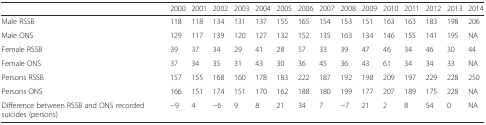
|  | 2000 | 2001 | 2002 | 2003 | 2004 | 2005 | 2006 | 2007 | 2008 | 2009 | 2010 | 2011 | 2012 | 2013 | 2014 |
 | --- | --- | --- | --- | --- | --- | --- | --- | --- | --- | --- | --- | --- | --- | --- | --- |
 | Male RSSB | 118 | 118 | 134 | 131 | 137 | 155 | 165 | 154 | 153 | 151 | 163 | 163 | 183 | 198 | 206 |
 | Male ONS | 129 | 117 | 139 | 120 | 127 | 132 | 152 | 135 | 163 | 134 | 146 | 155 | 141 | 195 | NA |
 | Female RSSB | 39 | 37 | 34 | 29 | 41 | 28 | 57 | 33 | 39 | 47 | 46 | 34 | 46 | 30 | 44 |
 | Female ONS | 37 | 34 | 35 | 31 | 43 | 30 | 36 | 45 | 36 | 43 | 61 | 34 | 34 | 33 | NA |
 | Persons RSSB | 157 | 155 | 168 | 160 | 178 | 183 | 222 | 187 | 192 | 198 | 209 | 197 | 229 | 228 | 250 |
 | Persons ONS | 166 | 151 | 174 | 151 | 170 | 162 | 188 | 180 | 199 | 177 | 207 | 189 | 175 | 228 | NA |
 | Difference between RSSB and ONS recorded suicides (persons) | −9 | 4 | −6 | 9 | 8 | 21 | 34 | 7 | −7 | 21 | 2 | 8 | 54 | 0 | NA |